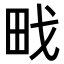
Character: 𭻀